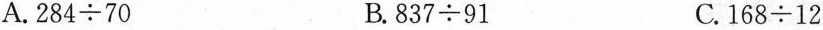
A.$$ 2 8 4 \div 7 0$$ B.$$8 3 7 \div 9 1$$ C.$$1 6 8 \div 1 2$$